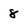
Character: 8